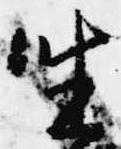
坐